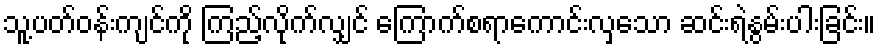
သူ့ပတ်ဝန်းကျင်ကို ကြည့်လိုက်လျှင် ကြောက်စရာကောင်းလှသော ဆင်းရဲနွမ်းပါးခြင်း။